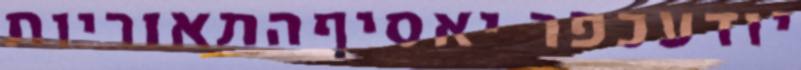
יודעכפר יאסיףהתאוריות